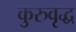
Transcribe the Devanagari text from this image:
कुरुवृद्ध